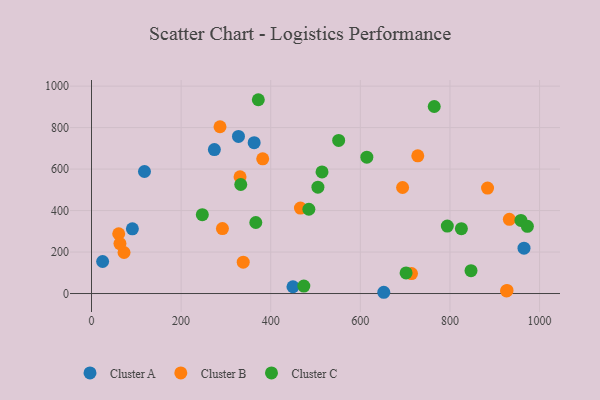
{"axis": {"x": "Distance", "y": "Demand"}, "legend": ["Cluster A", "Cluster B", "Cluster C"], "data": [{"x": "118.2", "y": 588.3, "type": "Cluster A"}, {"x": "965.3", "y": 218.7, "type": "Cluster A"}, {"x": "449.6", "y": 32.6, "type": "Cluster A"}, {"x": "91.2", "y": 311.7, "type": "Cluster A"}, {"x": "274.2", "y": 694.2, "type": "Cluster A"}, {"x": "328.0", "y": 757.3, "type": "Cluster A"}, {"x": "363.0", "y": 727.4, "type": "Cluster A"}, {"x": "652.3", "y": 6.0, "type": "Cluster A"}, {"x": "24.8", "y": 154.5, "type": "Cluster A"}, {"x": "331.5", "y": 562.8, "type": "Cluster B"}, {"x": "926.3", "y": 12.3, "type": "Cluster B"}, {"x": "286.8", "y": 804.0, "type": "Cluster B"}, {"x": "883.9", "y": 508.5, "type": "Cluster B"}, {"x": "382.1", "y": 649.4, "type": "Cluster B"}, {"x": "466.3", "y": 411.9, "type": "Cluster B"}, {"x": "714.2", "y": 96.4, "type": "Cluster B"}, {"x": "292.2", "y": 313.1, "type": "Cluster B"}, {"x": "927.4", "y": 14.9, "type": "Cluster B"}, {"x": "72.6", "y": 197.8, "type": "Cluster B"}, {"x": "932.6", "y": 357.6, "type": "Cluster B"}, {"x": "60.7", "y": 288.2, "type": "Cluster B"}, {"x": "694.3", "y": 511.3, "type": "Cluster B"}, {"x": "338.6", "y": 151.2, "type": "Cluster B"}, {"x": "63.5", "y": 240.9, "type": "Cluster B"}, {"x": "728.2", "y": 663.9, "type": "Cluster B"}, {"x": "958.4", "y": 352.4, "type": "Cluster C"}, {"x": "473.9", "y": 35.9, "type": "Cluster C"}, {"x": "847.0", "y": 110.3, "type": "Cluster C"}, {"x": "972.8", "y": 323.9, "type": "Cluster C"}, {"x": "702.1", "y": 99.2, "type": "Cluster C"}, {"x": "505.3", "y": 512.6, "type": "Cluster C"}, {"x": "333.1", "y": 525.6, "type": "Cluster C"}, {"x": "551.6", "y": 738.0, "type": "Cluster C"}, {"x": "825.5", "y": 312.8, "type": "Cluster C"}, {"x": "366.7", "y": 342.4, "type": "Cluster C"}, {"x": "372.3", "y": 934.4, "type": "Cluster C"}, {"x": "514.5", "y": 586.4, "type": "Cluster C"}, {"x": "764.9", "y": 901.8, "type": "Cluster C"}, {"x": "485.1", "y": 406.2, "type": "Cluster C"}, {"x": "614.5", "y": 657.6, "type": "Cluster C"}, {"x": "794.1", "y": 325.0, "type": "Cluster C"}, {"x": "247.3", "y": 380.2, "type": "Cluster C"}]}